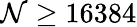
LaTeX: \mathcal{N}\geq16384